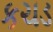
કચડ